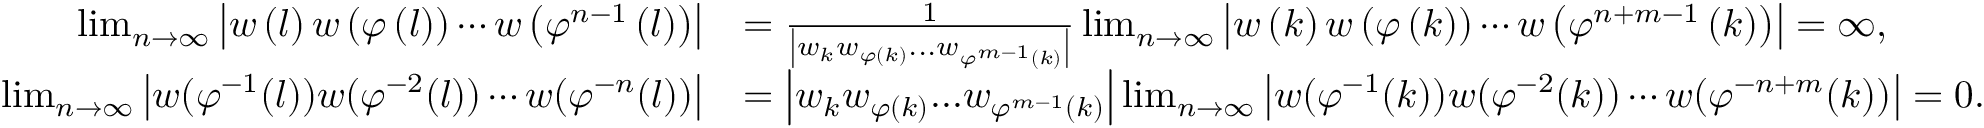
\begin{array} { r l } { \operatorname* { l i m } _ { n \rightarrow \infty } \left| w \left( l \right) w \left( \varphi \left( l \right) \right) \cdots w \left( \varphi ^ { n - 1 } \left( l \right) \right) \right| } & { = \frac { 1 } { \left| w _ { k } w _ { \varphi \left( k \right) } . . . w _ { \varphi ^ { m - 1 } \left( k \right) } \right| } \operatorname* { l i m } _ { n \rightarrow \infty } \left| w \left( k \right) w \left( \varphi \left( k \right) \right) \cdots w \left( \varphi ^ { n + m - 1 } \left( k \right) \right) \right| = \infty , } \\ { \operatorname* { l i m } _ { n \rightarrow \infty } \left| w ( \varphi ^ { - 1 } ( l ) ) w ( \varphi ^ { - 2 } ( l ) ) \cdots w ( \varphi ^ { - n } ( l ) ) \right| } & { = \left| w _ { k } w _ { \varphi \left( k \right) } . . . w _ { \varphi ^ { m - 1 } \left( k \right) } \right| \operatorname* { l i m } _ { n \rightarrow \infty } \left| w ( \varphi ^ { - 1 } ( k ) ) w ( \varphi ^ { - 2 } ( k ) ) \cdots w ( \varphi ^ { - n + m } ( k ) ) \right| = 0 . } \end{array}